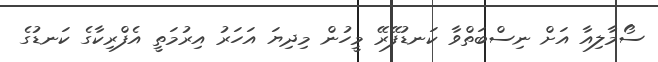
ސޯމާލިއާ އަށް ނިސްބަތްވާ ކަނޑުފޭރޭ މީހުން މިދިޔަ އަހަރު އިރުމަތީ އެފްރިކާގެ ކަނޑުގެ